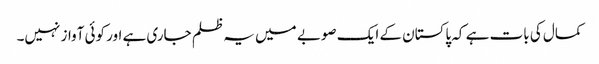
کمال کی بات ہے کہ پاکستان کے ایک صوبے میں یہ ظلم جاری ہے اور کوئی آواز نہیں۔